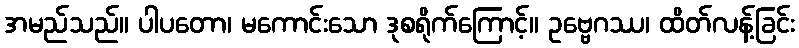
အမည်သည်။ ပါပတော၊ မကောင်းသော ဒုစရိုက်ကြောင့်။ ဥဗ္ဗေဂဿ၊ ထိတ်လန့်ခြင်း